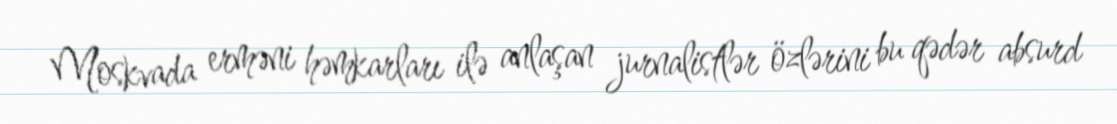
Moskvada erməni həmkarları ilə anlaşan jurnalistlər özlərini bu qədər absurd